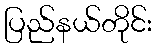
ပြည်နယ်တိုင်း